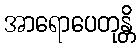
အာရောပေတုန္တိ